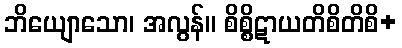
ဘိယျောသော၊ အလွန်။ စိစ္စိဋာယတိစိတိစိ+